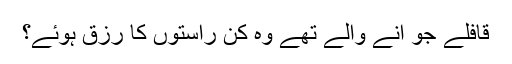
قافلے جو آنے والے تھے وہ کن راستوں کا رزق ہوئے؟